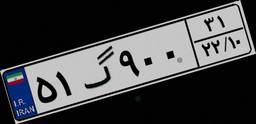
۵۱گ۹۰۰۳۱